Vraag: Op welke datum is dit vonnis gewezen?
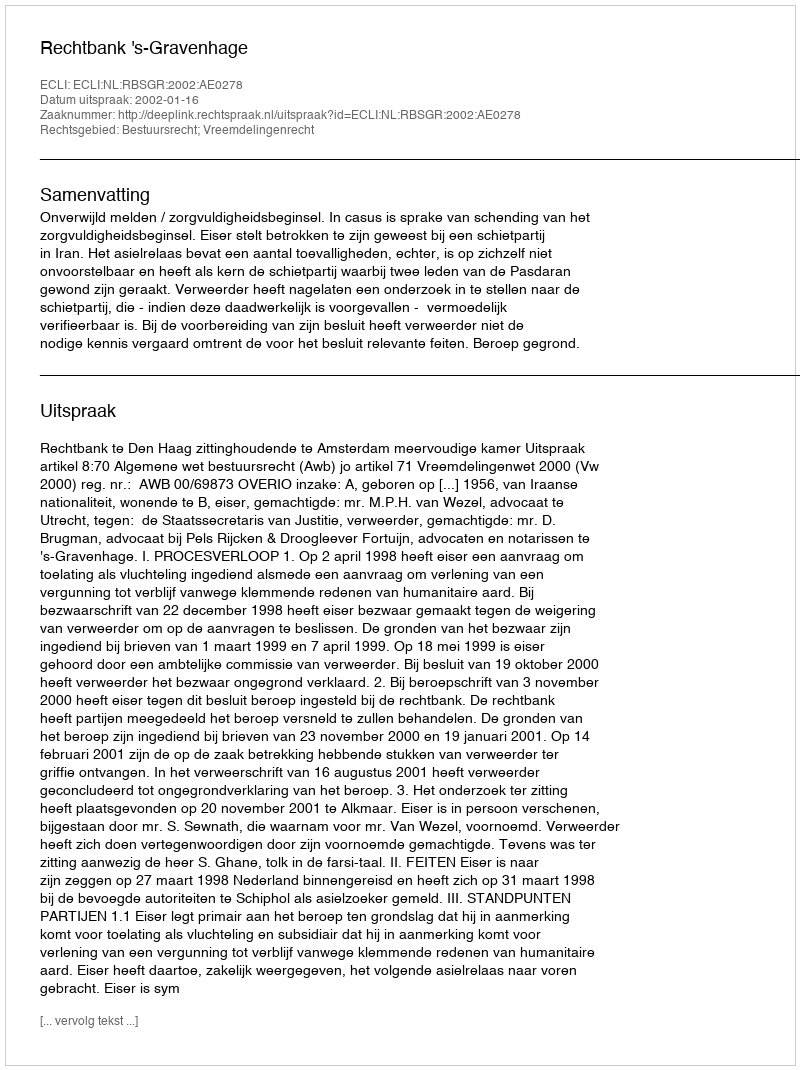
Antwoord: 2002-01-16